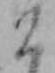
こ